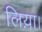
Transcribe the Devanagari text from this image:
लिय़ा।